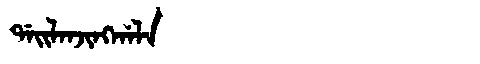
Manchu: ᡩᠠᡳᠯᠠᠨᠵᡳᠩᡤᠠᠯᠠ
Romanization: DAILANJINGGALA